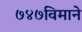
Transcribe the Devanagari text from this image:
७४७विमाने